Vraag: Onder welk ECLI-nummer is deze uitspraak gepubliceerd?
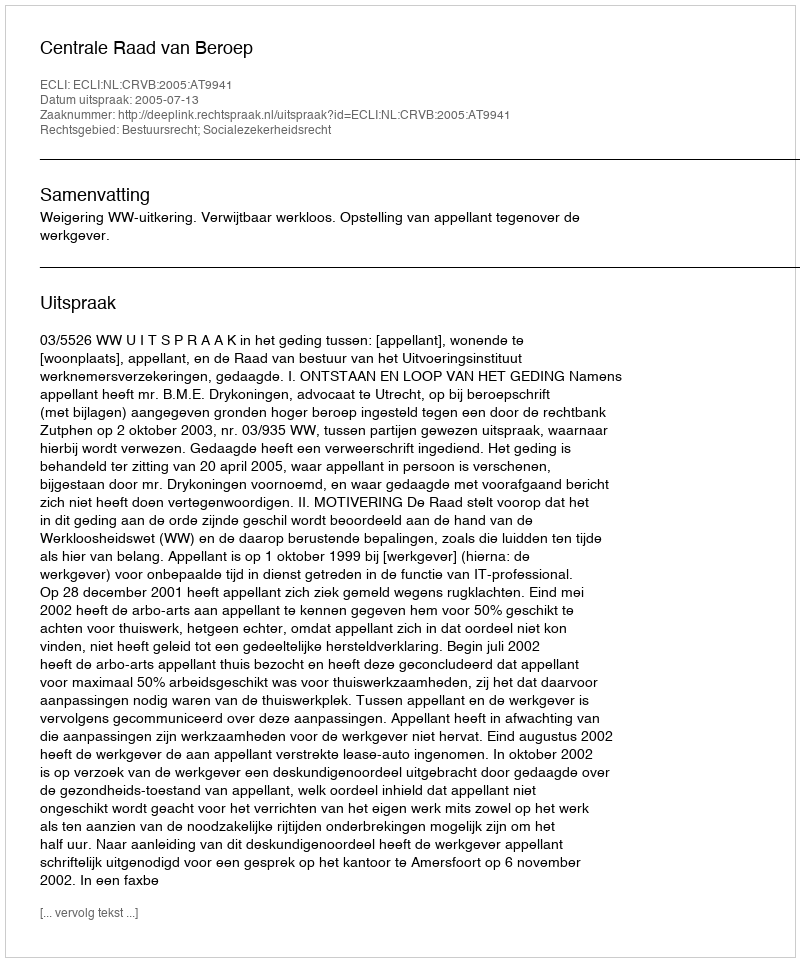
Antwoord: ECLI:NL:CRVB:2005:AT9941